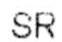
SR